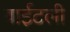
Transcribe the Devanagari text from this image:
वाईटली